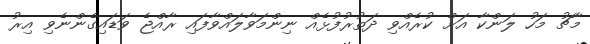
މާޗު މަހު ލަންކާ އަށް ކުރެއްވި ދަތުރުފުޅެއް ނިންމަވާލައްވާފައި ރާއްޖެ ވަޑައިގެންނެވި އިރު